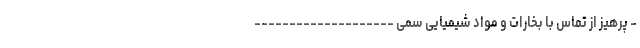
- پرهیز از تماس با بخارات و مواد شیمیایی سمی --------------------